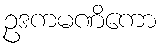
ဥဒကမဏိကော